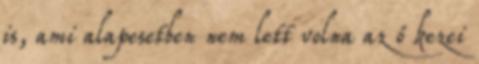
is, ami alapesetben nem lett volna az ő kezei